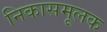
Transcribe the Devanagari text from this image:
निकासमूलक